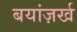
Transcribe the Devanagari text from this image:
बयांज़र्ख